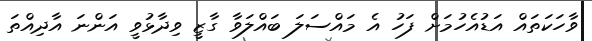
ވާހަކަތައް އަޑުއެހުމަށް ފަހު އެ މައްސަލަ ބައްލަވާ ގާޒީ ވިދާޅުވީ އަންނަ އާދިއްތަ